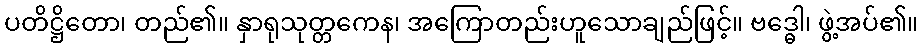
ပတိဋ္ဌိတော၊ တည်၏။ နှာရုသုတ္တကေန၊ အကြောတည်းဟူသောချည်ဖြင့်။ ဗဒ္ဓေါ၊ ဖွဲ့အပ်၏။